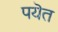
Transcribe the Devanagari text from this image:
पयॆत